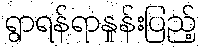
ရွာရန်ရာနှုန်းပြည့်